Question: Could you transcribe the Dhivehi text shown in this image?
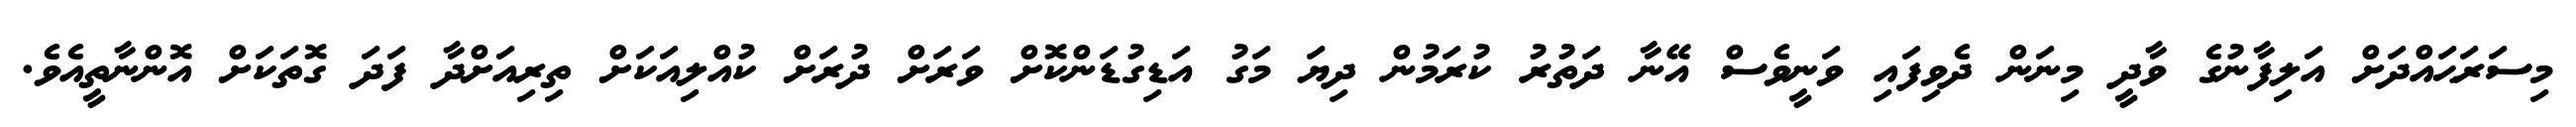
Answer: މިސަރަޙައްދަށް އަލިފާނުގެ ވާދީ މިނަން ދެވިފައި ވަނީވެސް އޭނާ ދަތުރު ކުރަމުން ދިޔަ މަގު އަޑިގުޑަންކޮށް ވަރަށް ދުރަށް ކުއްލިއަކަށް ތިރިއަށްދާ ފަދަ ގޮތަކަށް އޮންނާތީއެވެ.